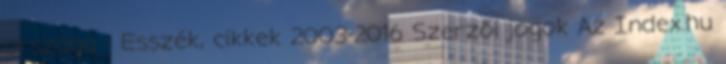
országa - Esszék, cikkek 2003-2016 Szerzői jogok Az Index.hu